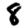
Digit: 8